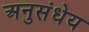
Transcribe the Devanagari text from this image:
अनुसंधेय